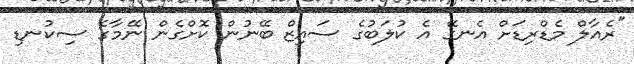
"ރެއާލް މެޑްރިޑަށް އެނގޭ އެ ކުލަބުގެ ސައިޒް ބޭނުން ކޮށްގެން ނޭމާގެ ސިކުނޑި